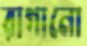
রাগানো